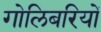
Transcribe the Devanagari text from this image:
गोलिबरियों